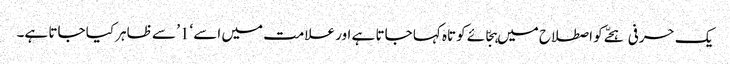
یک حرفی ہجّے کو اصطلاح میں ہجّائے کوتاہ کہا جاتا ہے اور علامت میں اسے ‘1’ سے ظاہر کیا جاتا ہے۔